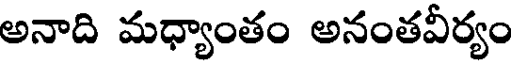
అనాది మధ్యాంతం అనంతవీర్యం